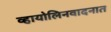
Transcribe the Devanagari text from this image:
व्हायोलिनवादनात